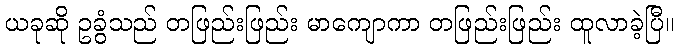
ယခုဆို ဥခွံသည် တဖြည်းဖြည်း မာကျောကာ တဖြည်းဖြည်း ထူလာခဲ့ပြီ။